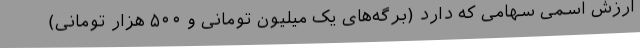
ارزش اسمی سهامی که دارد (برگه‌های یک میلیون تومانی و ۵۰۰ هزار تومانی)